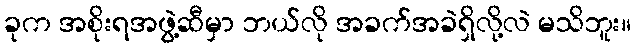
ခုက အစိုးရအဖွဲ့ဆီမှာ ဘယ်လို အခက်အခဲရှိလို့လဲ မသိဘူး။